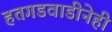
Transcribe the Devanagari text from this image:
हतगडवाडीनेही